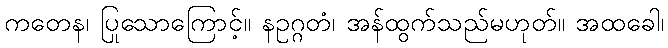
ကတေန၊ ပြုသောကြောင့်။ နဥဂ္ဂတံ၊ အန်ထွက်သည်မဟုတ်။ အထခေါ၊